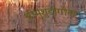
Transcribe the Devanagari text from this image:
श्रीभुशुडीगीता